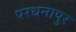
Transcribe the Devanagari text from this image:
परधनापुर